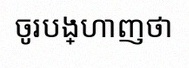
ចូរបង្ហាញថា